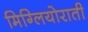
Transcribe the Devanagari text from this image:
मिग्लियोराती